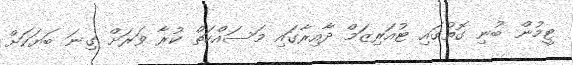
ޓީމުން ބުނި ގޮތުގައި ޓުއަރިޒަމް ދާއިރާގައި މަސައްކަތް ކުރާ ވަރަށް ގިނަ ބަޔަކަށް